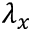
\lambda _ { x }